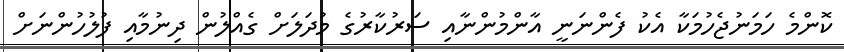
ކޮންމެ ހަމަނުޖެހުމަކާ އެކު ފެންނަނީ އާންމުންނާއި ސަރުކާރުގެ މުދަލަށް ގެއްލުން ދިނުމާއި ފުލުހުންނަށް